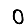
Digit: 0